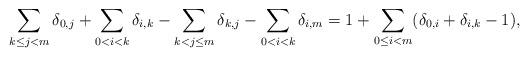
LaTeX: \begin{align*} \sum_{k \leq j < m} \delta_{0, j} + \sum_{0 < i < k} \delta_{i, k} - \sum_{k < j \leq m} \delta_{k, j} - \sum_{0< i < k} \delta_{i, m} = 1 + \sum_{0 \leq i < m} (\delta_{0, i} + \delta_{i, k} - 1), \end{align*}